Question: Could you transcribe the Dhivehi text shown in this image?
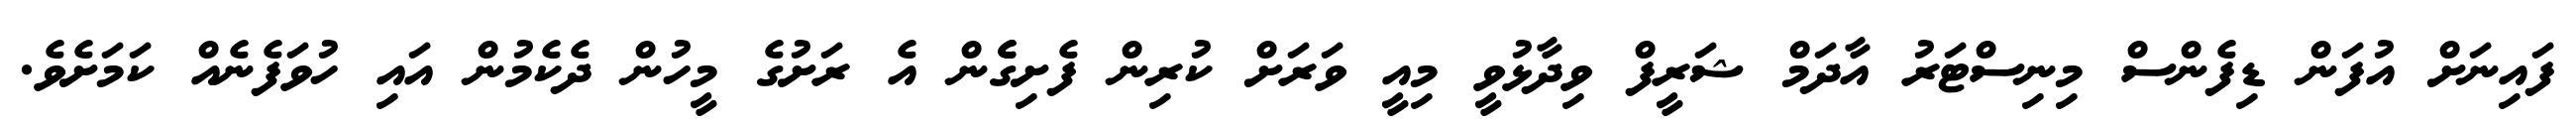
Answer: ފައިނަށް އުފަން ޑިފެންސް މިނިސްޓަރު އާދަމް ޝަރީފް ވިދާޅުވީ މިއީ ވަރަށް ކުރިން ފެށިގެެން އެ ރަށުގެ މީހުން ދެކެމުން އައި ހުވަފެނެއް ކަމަށެވެ.